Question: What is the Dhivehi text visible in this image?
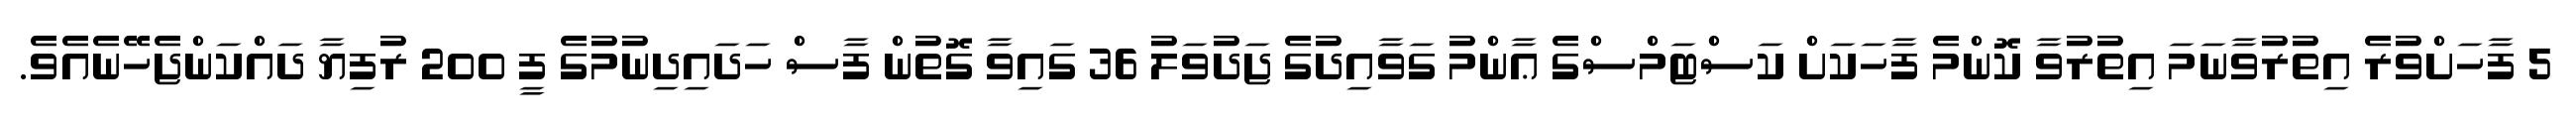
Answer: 5 ފާހަށްވުރެ އިތުރުވާނަމަ އިތުރުވާ ކޮންމެ ފާހަކަށް ކަސްޓަމްސްގެ ޢާންމު ގަވާއިދުގެ ޖަދުވަލު 36 ގައިވާ ގޮތުން ފާސް ހަދައިދިނުމުގެ ފީ 200 ރުފިޔާ ދައްކަންޖެހޭނެއެވެ.